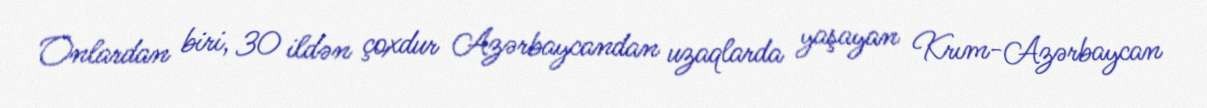
Onlardan biri, 30 ildən çoxdur Azərbaycandan uzaqlarda yaşayan Krım-Azərbaycan